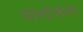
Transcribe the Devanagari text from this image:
मोल्दोव्हाला